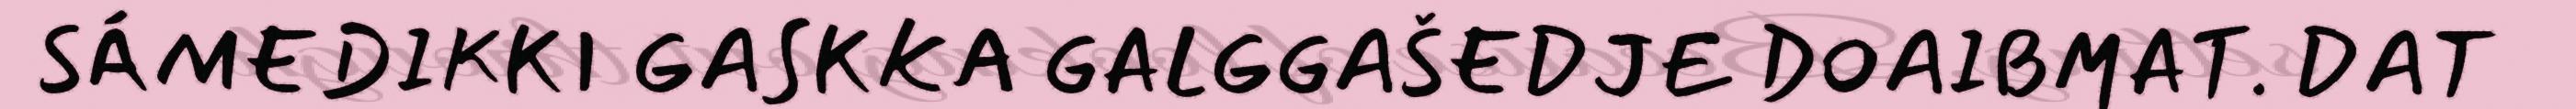
SÁMEDIKKI GASKKA GALGGAŠEDJE DOAIBMAT. DAT